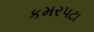
કમરપટા